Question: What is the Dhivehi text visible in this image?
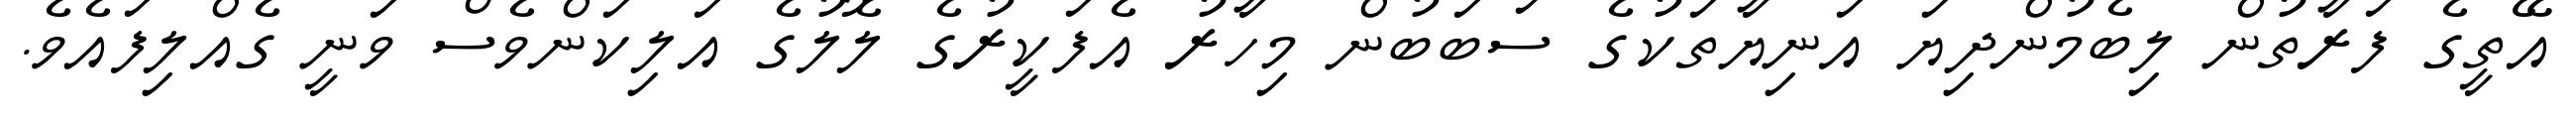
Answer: އޭތީގެ ފަރާތުން ލިބެމުންދިޔަ އަނިޔާތަކުގެ ސަބަބުން މިހާރު އެފަކީރުގެ ލޮލުގެ އަލިކަންވެސް ވަނީ ގެއްލިފައެވެ.